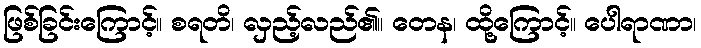
ဖြစ်ခြင်းကြောင့်။ စရတိ၊ လှည့်လည်၏။ တေန၊ ထို့ကြောင့်။ ပေါရာဏာ၊